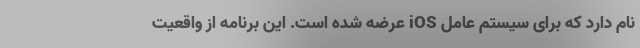
نام دارد که برای سیستم عامل iOS عرضه شده است. این برنامه از واقعیت